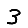
Digit: 3